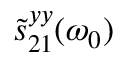
\tilde { s } _ { 2 1 } ^ { y y } ( \omega _ { 0 } )